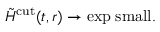
\tilde { H } ^ { \mathrm { c u t } } ( t , r ) \to \mathrm { e x p \; s m a l l } .